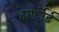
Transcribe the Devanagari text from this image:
हार्फोर्ड